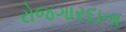
રોજગારદાતા